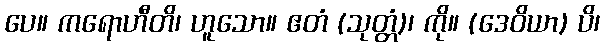
ပေ။ ကရောဟီတိ၊ ဟူသော။ ဧတံ (သုတ္တံ)၊ ကို။ (ဒေဝိယာ) ပိ၊